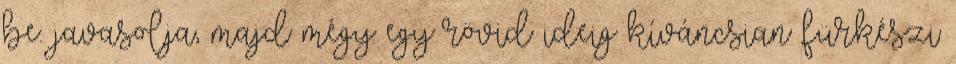
be. javasolja, majd mégy egy rövid ideig kíváncsian fürkészi